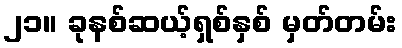
၂၁။ ခုနစ်ဆယ့်ရှစ်နှစ် မှတ်တမ်း